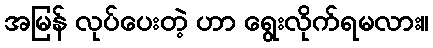
အမြန် လုပ်ပေးတဲ့ ဟာ ရွေးလိုက်ရမလား။